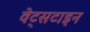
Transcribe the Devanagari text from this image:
वेट्सटाइन